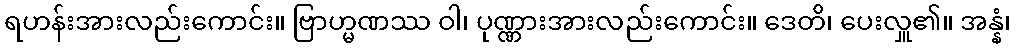
ရဟန်းအားလည်းကောင်း။ ဗြာဟ္မဏဿ ဝါ၊ ပုဏ္ဏားအားလည်းကောင်း။ ဒေတိ၊ ပေးလှူ၏။ အန္နံ၊